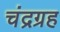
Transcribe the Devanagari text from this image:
चंद्रग्रह